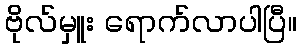
ဗိုလ်မှူး ရောက်လာပါပြီ။